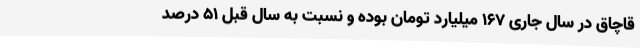
قاچاق در سال جاری 167 میلیارد تومان بوده و نسبت به سال قبل 51 درصد